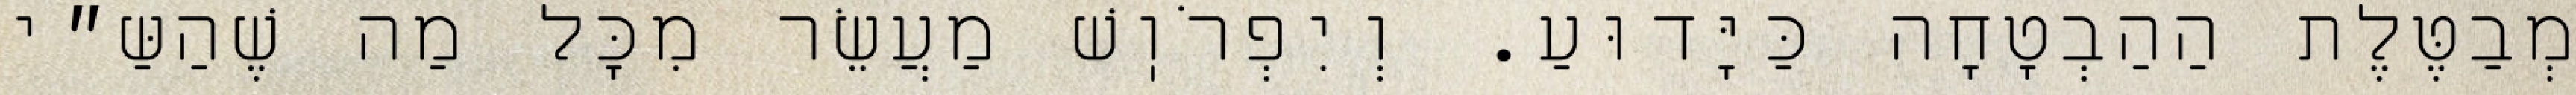
מְבַטֶּלֶת הַהַבְטָחָה כַּיָּדוּעַ. וְיִפְרֹוֽשׁ מַעֲשֵׂר מִכׇּל מַה שֶׁהַשַּ״י